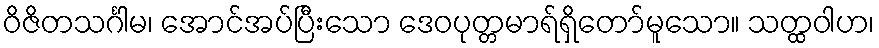
ဝိဇိတသင်္ဂါမ၊ အောင်အပ်ပြီးသော ဒေဝပုတ္တမာရ်ရှိတော်မူသော။ သတ္ထဝါဟ၊